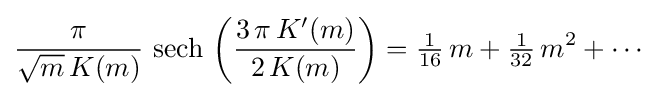
{\frac {\pi }{{\sqrt {m}}\,K(m)}}\,\operatorname {sech} \,\left({\frac {3\,\pi \,K'(m)}{2\,K(m)}}\right)={\tfrac {1}{16}}\,m+{\tfrac {1}{32}}\,m^{2}+\cdots